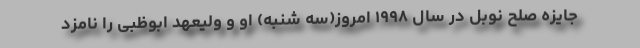
جایزه صلح نوبل در سال ۱۹۹۸ امروز(سه شنبه) او و ولیعهد ابوظبی را نامزد